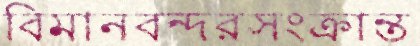
বিমানবন্দরসংক্রান্ত